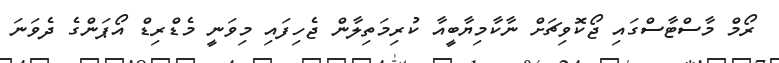
ރޯމް މާސްޓާސްގައި ޖޯކޮވިޗަށް ނާކާމިޔާބީއާ ކުރިމަތިލާން ޖެހިފައި މިވަނީ މެޑްރިޑް އޯޕަންގެ ދެވަނަ